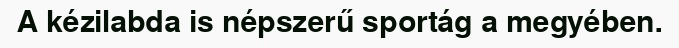
A kézilabda is népszerű sportág a megyében.